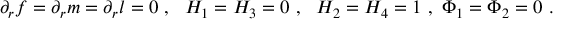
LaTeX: \partial _ { r } f = \partial _ { r } m = \partial _ { r } l = 0 \ , \ \ H _ { 1 } = H _ { 3 } = 0 \ , \ \ H _ { 2 } = H _ { 4 } = 1 \ , \ \Phi _ { 1 } = \Phi _ { 2 } = 0 \ .